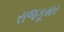
રાજકૂમાર